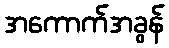
အကောက်အခွန်